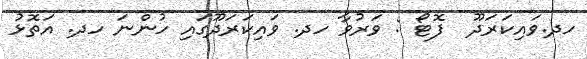
ހދ.ވައިކަރަދޫ  ފޮޓޯ : ވަރުވާ ހދ. ވައިކަރަދޫގައި ހުންނަ ހދ. އަތޮޅު